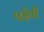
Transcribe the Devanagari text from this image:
पईची